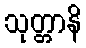
သုတ္တာနိ